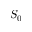
S _ { 0 }